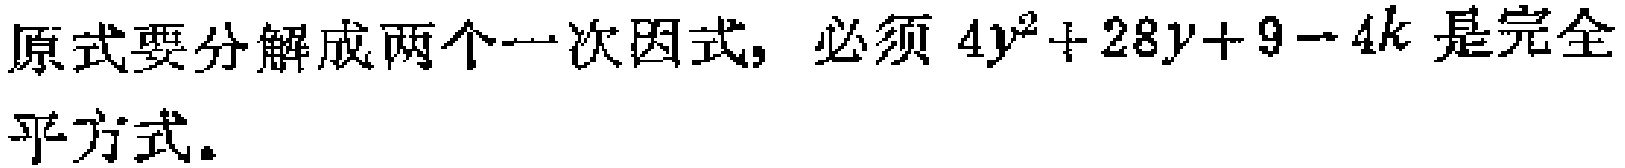
原式要分解成两个一次因式, 必须 \(4y^{2}+28y + 9 - 4k\) 是完全平方式。